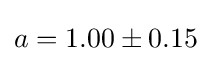
a=1.00\pm 0.15